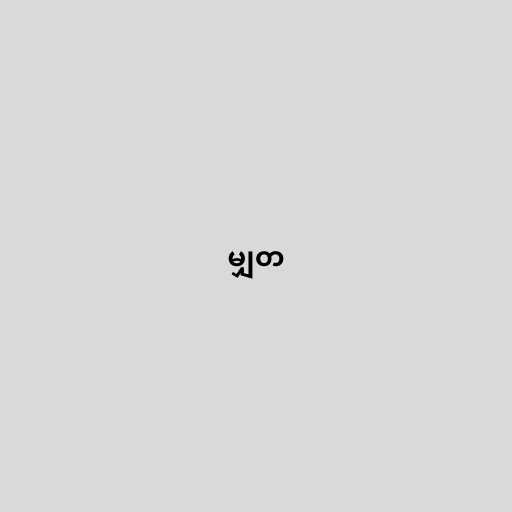
မျှတ